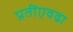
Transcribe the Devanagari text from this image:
प्रतींएवढा